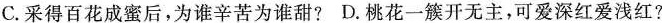
C.采得百花成蜜后，为谁辛苦为谁甜? D.桃花一簇开无主，可爱深红爱浅红?